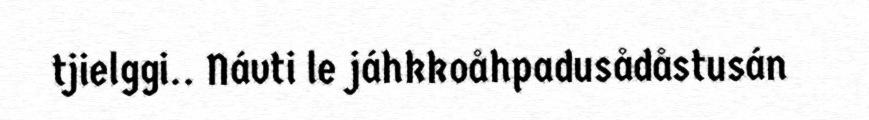
tjielggi.. Návti le jáhkkoåhpadusådåstusán